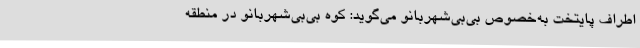
اطراف پایتخت به‌خصوص بی‌بی‌شهربانو می‌گوید: کوه بی‌بی‌شهربانو در منطقه